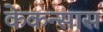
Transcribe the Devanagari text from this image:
केकन्सास